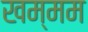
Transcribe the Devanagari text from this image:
खम्‍मम